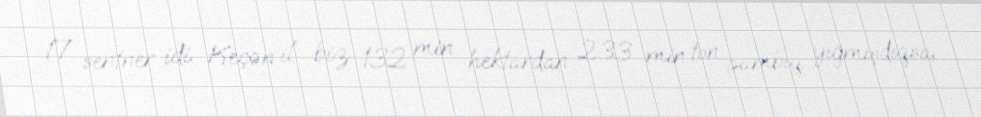
17 sentner idi. Keçən il biz 132 min hektardan 233 min ton pambıq yığmışdıqsa,